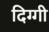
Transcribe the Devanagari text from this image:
दिग्गी